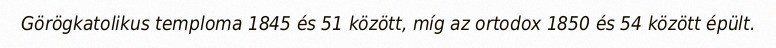
Görögkatolikus temploma 1845 és 51 között, míg az ortodox 1850 és 54 között épült.